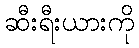
ဆီးရီးယားကို